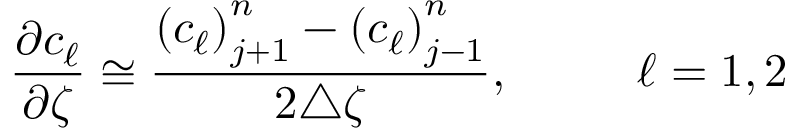
\frac { \partial c _ { \ell } } { \partial \zeta } \cong \frac { { \left( c _ { \ell } \right) } _ { j + 1 } ^ { n } - { \left( c _ { \ell } \right) } _ { j - 1 } ^ { n } } { 2 \triangle \zeta } , ~ ~ ~ ~ ~ ~ ~ ~ \ell = 1 , 2